Vital statistics of India. Vol. VI, European troops 1870-79
Year: 1870
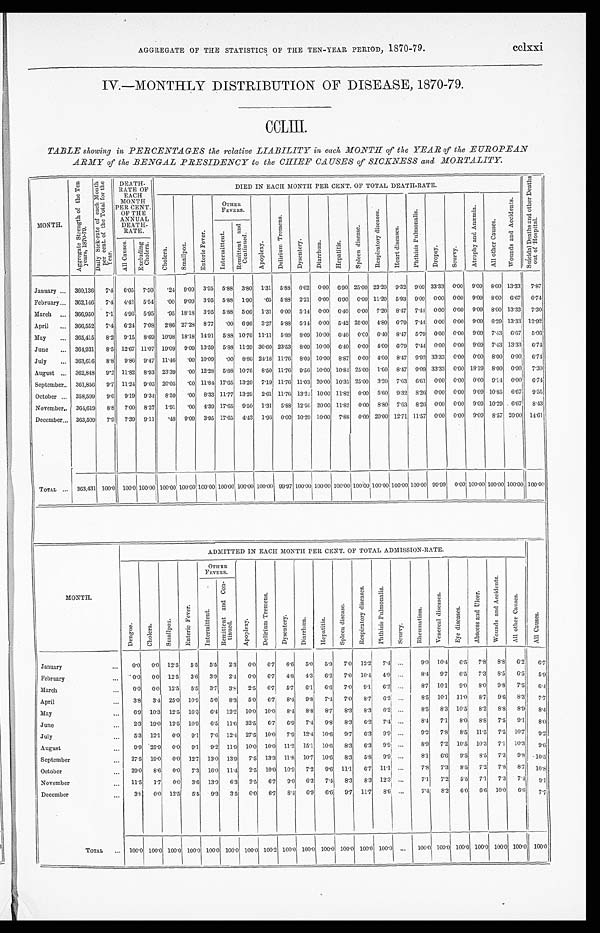
AGGREGATE OF THE STATISTICS OF THE TEN-YEAR PERIOD, 1870-79.
cclxxi.
IV.—MONTHLY DISTRIBUTION OF DISEASE, 1870-79.
CCLIII.
TABLE showing in PERCENTAGES the relative LIABILITY in each MONTH of the YEAR of the EUROPEAN
ARMY of the BENGAL PRESIDENCY to the CHIEF CAUSES of SICKNESS and MORTALITY.
MONTH.
A g g r e g a t e S t r e n g t h o f t h e T e n Y e a r s , 1 8 7 0 - 7 9 .
D a i l y S i c k - r a t e o f c a c h M o n t h p e r c e n t . o f t h e T o t a l f o r t h e Y e a r .
D E A T H - R A T E O F E A C H M O N T H P E R C E N T . O F T H E A N N U A L D E A T H - R A T E .
DIED IN EACH MONTH PER CENT. OF TOTAL DEATH-RATE.
S u i c i d a l D e a t h s a n d o t h e r D e a t h s o u t o f H o s p i t a l s .
C h o l e r a .
S m a l l p o x .
E n t e r i c F e v e r .
OTHER FEVERS.
A p o p l e x y .
D e l i r i u m T r e m e n s .
D y s e n t e r y . D i a r r h œa . H e p a t i t i s .
S p l e e n d i s e a s e s .
R e s p i r a t o r y d i s e a s e s .
H e a r t d i s e a s e s .
P h t h i s i s P u l m o n a l i s .
D r o p s y .
S c u r v y .
A t r o p h y a n d A n æ m i a .
A l l o t h e r C a u s e s .
W o u n d s a n d A c c i d e n t s .
I n t e r m i t t e n t . R e m i t t e n t a n d C o n t i n u e d .
A l l C a u s e s .
E x c l u d i n g C h o l e r a .
January ... 360,136 7.4 6.05 7.50 .24 9.09 3.95 5.88 3.80 1.31 5.88 6.62 0.00 6.90 25.00 23.20 9.32 9.09 33.33 0.00 9.09 8.00 13.33 7.87
February ... 362,146 7.4 4.43 5.54 .00 9.09 3.95 5.88 1.90 .65 5.88 2.21 0.00 6.90 0. 00 11.20 5.93 9.09 0.00 0.00 9.09 8.00 6.67 6.74
March ... 366,950 7.1 4.96 5.95 .95 18.18 3.95 5.88 5.06 1.31 0.00 5.14 0.00 6.40 0.00 7.20 8.47 7.44 0.00 0.00 9.09 8.00 13.33 7.30
April ... 366,552 7.4 6.24 7.08 2.86 27.28 8.77 .00 6.96 3.27 5.88 5.14 0.00 5.42 25. 00 4.80 6.79 7.44 0.00 0.00 9.09 6.29 13.33 12.92
May ... 365,415 8.2 9.15 8.69 10.98 18.18 14.91 5.88 10.76 11.11 5.88 8.09 10.00 6.40 0.00 6.40 8.47 5.79 0.00 0.00 9.09 7.43 6.67 5.06
June ... 361,931 8.5 12.67 11.07 19.09 9.09 13.59 5.88 11.39 36.60 23.53 8.09 10.00 6.40 0.00 4.00 6.79 7.44 0.00 0.00 9.09 7.43 13.33 6.74
July ... 363,616 8.8 9.86 9.47 11.46 .00 10.09
. 0 0 8.86 24.18 11.76 8.09 10.00 8.87 0. 00 4.00 8.47 9.92 33.33 0.00 0.00 8.00 0.00 6.74
August .., 362,848 9.2 11.82 8.93 23.39 .00 12.28 5.88 10.76 8.50 11.76 9.56 10.00 10.84 25.00 1.60 8.47 9.09 33.33 0.00 18.19 8.00 0.00 7.30
September.. 361,856 9.7 11.24 9.05 20.05
. 0 0 11.84 17.65 13.29 7.19 11.76 11.03 20.00 10.35 25.00 3.20 7.63 6.61 0.00 0.00 0.00 9.14 0.00 6.74
October ... 358,599 9.6 9.19 9.34 8.59 .00 8.33 11.17 13.29 2.61 11.76 13.24 10.00 11.82 0.00 5.60 9.32 8.26 0.00 0.00 9.09 10.85 6.67 9.55
November... 364,619 8.8 7.00 8.27 1.91 .00 4.39 17.65 9.50 1.31 5.88 12.50 20.00 11.82 0.00 8.80 7.63 8.26 0.00 0.00 9.09 10.29 . 6.67 8.43
December... 363,509 7.9 7.39 9.11
. 4 8 9.09 3.95 17.65 4.43 1.96 0.00 10.29 10.00 7.88 0.00 20.00 12.71 11.57 0.00 0.00 9.09 8.57 20.00 14.61
T O T A L
. . . 363,431 100.0 100.0 100.00 100.00
1 0 0 . 0
100.00 100.00
1 0 0 . 0 0 100.00 99.97 100.00 100.00 100.00
1 0 0 . 0 0
100.00 100.00 100.00 99.99 0 . 0 0 100.00 100.00 100.00 100.00
MONTH.
ADMITTED IN EACH MONTH PER CENT. OF TOTAL ADMISSION-RATE.
D e n g u e .
C h o l e r a . S m a l l p o x .
E n t e r i c F e v e r .
O T H E R
F E V E R S .
A p o p l e x y .
D e l i r i u m T r e m e n s .
D y s e n t e r y .
D i a r r h œ a . H e p a t i t i s .
S p l e e n d i s e a s e s .
R e s p i r a t o r y d i s e a s e s . P h t h i s i s P u l m o n a l i s .
S c u r v y .
R h c u m a t i s m .
V e n e r e a l d i s e a s e s .
E y e d i s e a s e s .
A b s c e s s a n d U l c e r .
W o u n d s a n d A c c i d e n t s .
A l l o t h e r C a u s e s .
A l l C a u s e s .
I n t e r m i t t e n t . R e m i t t e n t a n d C o n t i n u e d .
January
. . . 0.0 0.0 12.5 5.5 5.5 2.3 0.0 6.7 6.6 5.0 5.9 7.0 12.2 7.4 ...
9.0 10.4 6.5 7.8 8.8
6 . 2 6.7
February
. . . 0.0 0.0 12.5 3.6 3.9 2.4 0.0 6.7 4.8 4.3 6.2 7.0 10.4 4.9 ...
8.4 9.7 6.5 7.3 8.5 6.5 5.9
March
. . . 0 . 0 0.0 12.5 5.5 3.7 3.8 2.5 6.7 5.7 6.1 6.6 7.0 9.1 6.2 ...
8.7 10.1 9.0 8.0 9.8 7.5
6 . 4
April
. . . 3.8 3.4 25.0 10.9 5.0 8.3 5.0 6.7 8.4 9.8 7.4 7.0 8.7 6.2 . . .
8.5 10.1 11.0 8.7 9.6 8.3 7.7
May
. . . 6.9 10.3 12.5 16.3 6.4 12.2 10.0 10.0 8.4 8.8 8.7 8.3 8.3
6 . 2 ...
8.5 8.3 10.5 8.2
8 . 8 8.9 8.4
June
. . . 2.3 19.0 12.5 10.9 6.5 11.6 32.5 6.7 6.9 7.4 9.8 8.3 6.2 7.4 ...
8.4 7.1 8.0 8.8 7.5 0.1 8.0
July
. . . 5.3 12.1 0.0 9.1 7.6 12.4 27.5 10.0 7.9 12.4 10.6 9.7 6.3 9.9 ...
9.2 7.8 8.5 11.5 7.5 10.7 9.2
August
. . . 9.9 25.9 0.0 9.1 9.2 11.9 10.0 10.0 11.2 15.1 10.6 8.3 6.3
9 . 9 ...
8.9 7.2 10.5 10.3 7.1 10.3 9.6
September
. . . 27.5 19.0 0.0 12.7 13.0 13.9 7.5 13.3 11.8 10.7 10.6 8.3 5.8 9.9 ...
8.1 6.6 9.5
8 . 5 7.3 9.8
1 0 . 5
October
. . . 29.0 8.6 0.0 7.3 16.0 11.4 2.5 10.0 10.9 7.2 9.6 11.1 6.7 11.1 ...
7.8 7.3 8.5 7.2 7.8 8.7 10.8
November
. . . 11.5 1.7 0.0 3.6 13.9 6.3 2.5 6.7 9.0 6.3 7.4 8.3 8.3 12.3 ...
7.1 7.2 5.5 7.1 7.3 7.4 9.1
December
. . . 3.8 0.0 12.5 5.5 9.3 3.5 0.0 6.7 8.4 6.9 6.6 9.7 11.7 8.6 ...
7 . 4 8.2 6.0 6.6 10.0 6.6 7.7
T O T A L . . . 100.0 100.0 100.0 100.0 100.0 100.0 100.0 100.2 100.0 100.0 100.0 100.0
100. 0 100.0 ... 100.0 100.0 100.0 100.0 100.0 100.0 100.0